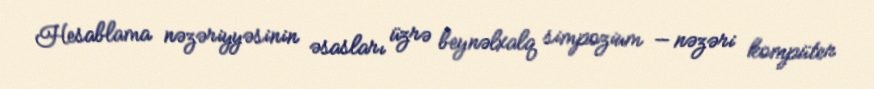
Hesablama nəzəriyyəsinin əsasları üzrə beynəlxalq simpozium — nəzəri kompüter